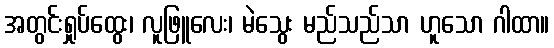
အတွင်းရှုပ်ထွေး၊ လူဖြူလေး၊ မဲသွေး မည်သည်သာ ဟူသော ဂါထာ။